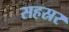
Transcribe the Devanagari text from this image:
सहस्रर